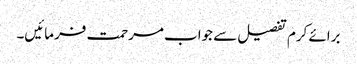
برائے کرم تفصیل سے جواب مرحمت فرمائیں۔